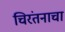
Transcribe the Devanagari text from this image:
चिरंतनाचा